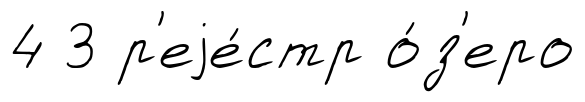
4 3 р'еjе́стр о́з'еро